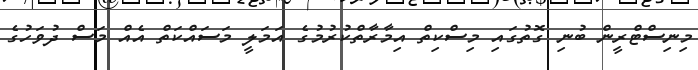
މިނިސްޓްރީން ބުނި ގޮތުގައި މިސްކިތް އިމާރާތްކުރުމުގެ އަމަލީ މަސައްކަތް އެއް މަސް ދުވަހުގެ